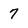
Character: 7